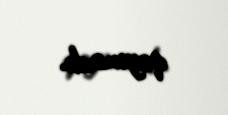
qoymadı.